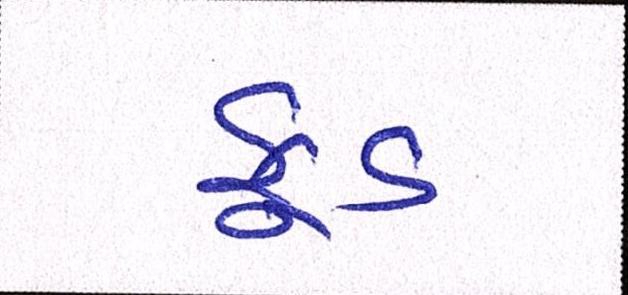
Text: ફૂડ